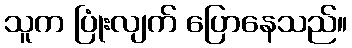
သူက ပြုံးလျက် ပြောနေသည်။